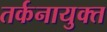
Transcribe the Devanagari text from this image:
तर्कनायुक्त